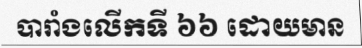
បារាំងលើកទី ៦៦ ដោយមាន